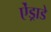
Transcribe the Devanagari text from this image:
ऐंड्राडे